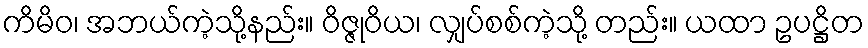
ကိမိဝ၊ အဘယ်ကဲ့သို့နည်း။ ဝိဇ္ဇုဝိယ၊ လျှပ်စစ်ကဲ့သို့ တည်း။ ယထာ ဥပဋ္ဌိတ